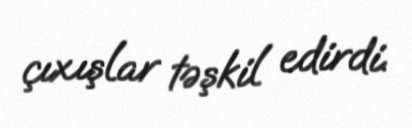
çıxışlar təşkil edirdi.